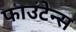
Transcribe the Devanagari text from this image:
फाउंटेन्स